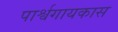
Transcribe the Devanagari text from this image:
पार्श्वगायकास